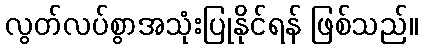
လွတ်လပ်စွာအသုံးပြုနိုင်ရန် ဖြစ်သည်။